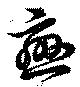
恋